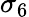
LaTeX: \sigma_{6}